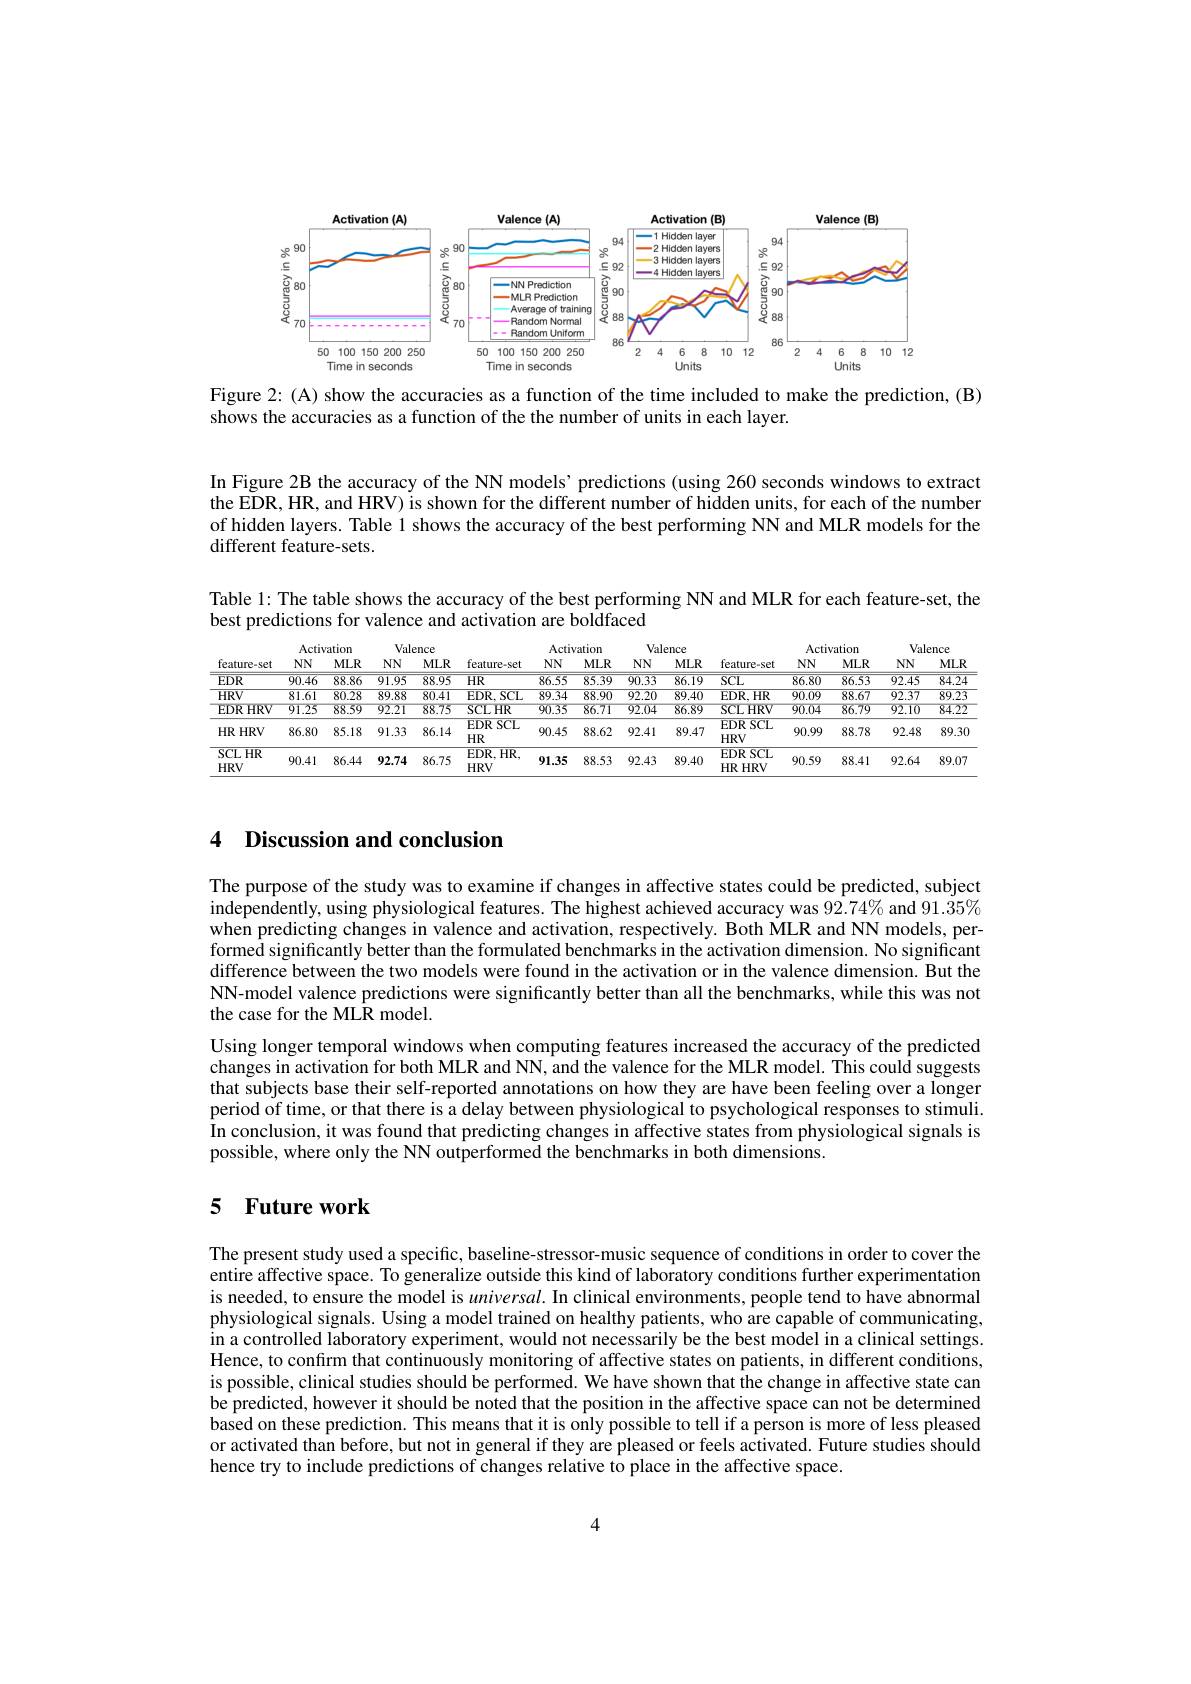
<FigureHere>

Figure 2: (A) show the accuracies as a function of the time included to make the prediction, (B)
shows the accuracies as a function of the the number of units in each layer.

In Figure 2B the accuracy of the NN models’ predictions (using 260 seconds windows to extract the EDR, HR, and HRV) is shown for the different number of hidden units, for each of the number of hidden layers. Table 1 shows the accuracy of the best performing NN and MLR models for the different feature-sets.

Table 1: The table shows the accuracy of the best performing NN and MLR for each feature-set, the
best predictions for valence and activation are boldfaced

<table>
	<tbody>
		<tr>
			<th rowspan="2">feature-set</th>
			<th colspan="2">Activation</th>
			<th colspan="2">Valence</th>
			<th> </th>
			<th rowspan="1">Activation</th>
			<th>ivation</th>
			<th>vation</th>
			<th colspan="3">Valence</th>
			<th colspan="2">Activation</th>
			<th colspan="2">Valence</th>
		</tr>
		<tr>
			<th>$NNN$</th>
			<th>$MLR$</th>
			<th>$NN$</th>
			<th>$MLR$</th>
			<th>feature-set</th>
			<th>$NNN$</th>
			<th>$MLR$</th>
			<th>$MLR$</th>
			<th>$NN$</th>
			<th>$MLR$</th>
			<th>feature-set</th>
			<th>$NNN$</th>
			<th>$MLR$</th>
			<th>$NN$</th>
			<th>$MLR$</th>
		</tr>
		<tr>
			<td>$EDR$</td>
			<td>$\overline{90.46}$</td>
			<td>88.86</td>
			<td>$\overline{91.95}$</td>
			<td>88.95</td>
			<td>$HR$</td>
			<td>$\overline{86.55}$</td>
			<td>85.39</td>
			<td>85.39</td>
			<td>$\overline{90.33}$</td>
			<td>$\overline{86.19}$</td>
			<td>$SCL$</td>
			<td>$\overline{86.80}$</td>
			<td>86.53</td>
			<td>$\overline{92.45}$</td>
			<td>$\overline{84.24}$</td>
		</tr>
		<tr>
			<td>$HRV$</td>
			<td>81.61</td>
			<td>80.28</td>
			<td>$\overline{89.88}$</td>
			<td>80.41</td>
			<td>EDR.SCL</td>
			<td>$\overline{89.34}$</td>
			<td>$\overline{88.90}$</td>
			<td>$\overline{88.90}$</td>
			<td>92.20</td>
			<td>89.40</td>
			<td>$EDR,HR$</td>
			<td>90.09</td>
			<td>88.67</td>
			<td>92.37</td>
			<td>$\overline{89.23}$</td>
		</tr>
		<tr>
			<td>EDRF $HRV$</td>
			<td>91.25</td>
			<td>88.59</td>
			<td>92.21</td>
			<td>88.75</td>
			<td>SCLHR</td>
			<td>90.35</td>
			<td>86.71</td>
			<td>86.71</td>
			<td>92.04</td>
			<td>86.89</td>
			<td>SCLHRV</td>
			<td>$\overline{90.04}$</td>
			<td>86.79</td>
			<td>$\overline{92.10}$</td>
			<td>$\overline{84.22}$</td>
		</tr>
		<tr>
			<td>$HR$ $HRV$</td>
			<td>86.80</td>
			<td>85.18</td>
			<td>91.33</td>
			<td>86.14</td>
			<td>EDR SCL $HR$</td>
			<td>90.45</td>
			<td>88.62</td>
			<td>88.62</td>
			<td>92.41</td>
			<td>89.47</td>
			<td>$EDRSCL$ $HRV$</td>
			<td>90.99</td>
			<td>88.78</td>
			<td>92.48</td>
			<td>$89.3C$</td>
		</tr>
		<tr>
			<td>$\operatorname{SCL}HR$ $HRV$</td>
			<td>90.41</td>
			<td>86.44</td>
			<td>92.74</td>
			<td>86.75</td>
			<td>$\overline{{\mathrm{EDR},\mathrm{HR},}}$ $HRV$</td>
			<td>91.35</td>
			<td>88.53</td>
			<td>88.53</td>
			<td>92.43</td>
			<td>89.40</td>
			<td>EDR SCL $HRI$ $HRV$</td>
			<td>90.59</td>
			<td>88.41</td>
			<td>92.64</td>
			<td>89.07</td>
		</tr>
	</tbody>
</table>

# 4 Discussion and conclusion

The purpose of the study was to examine if changes in affective states could be predicted, subject independently, using physiological features. The highest achieved accuracy was $92.74\%$ and $91.35\%$ when predicting changes in valence and activation, respectively. Both MLR and NN models, performed significantly better than the formulated benchmarks in the activation dimension. No significant difference between the two models were found in the activation or in the valence dimension. But the NN-model valence predictions were significantly better than all the benchmarks, while this was not the case for the MLR model.
Using longer temporal windows when computing features increased the accuracy of the predicted changes in activation for both MLR and NN, and the valence for the MLR model. This could suggests that subjects base their self-reported annotations on how they are have been feeling over a longer period of time, or that there is a delay between physiological to psychological responses to stimuli. In conclusion, it was found that predicting changes in affective states from physiological signals is possible, where only the NN outperformed the benchmarks in both dimensions.

## 5 $\textbf{Future work}$

The present study used a specific, baseline-stressor-music sequence of conditions in order to cover the entire affective space. To generalize outside this kind of laboratory conditions further experimentation is needed, to ensure the model is $universal.$ In clinical environments, people tend to have abnormal physiological signals. Using a model trained on healthy patients, who are capable of communicating. in a controlled laboratory experiment, would not necessarily be the best model in a clinical settings. Hence, to confirm that continuously monitoring of affective states on patients, in different conditions, is possible, clinical studies should be performed. We have shown that the change in affective state can be predicted, however it should be noted that the position in the affective space can not be determined based on these prediction. This means that it is only possible to tell if a person is more of less pleased or activated than before, but not in general if they are pleased or feels activated. Future studies should hence try to include predictions of changes relative to place in the affective space.

4